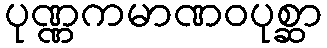
ပုဏ္ဏကမာဏဝပုစ္ဆာ